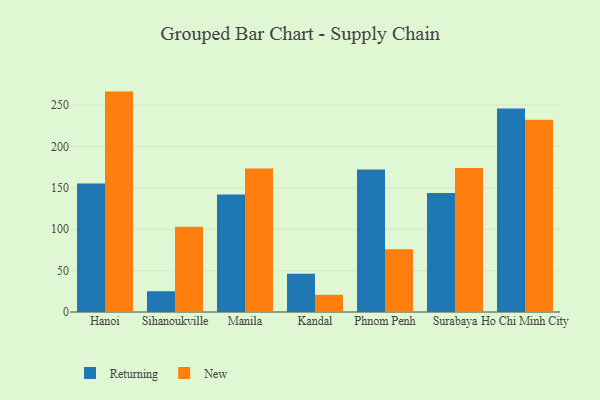
{"axis": {"x": "City", "y": "Population (Million)"}, "legend": ["New", "Returning"], "data": [{"x": "Hanoi", "y": 155.3, "type": "Returning"}, {"x": "Hanoi", "y": 266.3, "type": "New"}, {"x": "Sihanoukville", "y": 25.1, "type": "Returning"}, {"x": "Sihanoukville", "y": 103.0, "type": "New"}, {"x": "Manila", "y": 142.0, "type": "Returning"}, {"x": "Manila", "y": 173.4, "type": "New"}, {"x": "Kandal", "y": 46.2, "type": "Returning"}, {"x": "Kandal", "y": 20.8, "type": "New"}, {"x": "Phnom Penh", "y": 172.1, "type": "Returning"}, {"x": "Phnom Penh", "y": 75.7, "type": "New"}, {"x": "Surabaya", "y": 143.8, "type": "Returning"}, {"x": "Surabaya", "y": 173.9, "type": "New"}, {"x": "Ho Chi Minh City", "y": 246.0, "type": "Returning"}, {"x": "Ho Chi Minh City", "y": 232.4, "type": "New"}]}